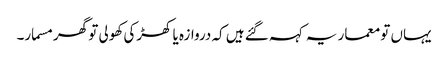
یہاں تو معمار یہ کہہ گئے ہیں کہ دروازہ یا کھڑکی کھولی تو گھر مسمار۔